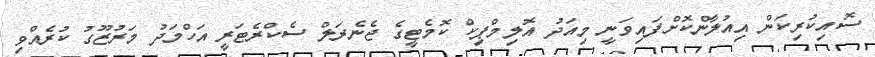
ސޮއިކުރިކަން އިއުލާންކޮށްފައިވަނީ މިއަދު އޮލިމްޕިކް ކޮމެޓީގެ ޖެނެރަލް ސެކްރެޓަރީ އަހްމަދު މަރުޒޫގު ކުރެއްވި